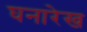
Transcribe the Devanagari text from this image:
घनारेख